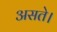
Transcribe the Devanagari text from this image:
असते।